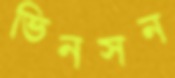
ভিনসন